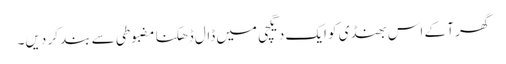
گھر آ کے اس بھنڈی کو ایک دیگچی میں ڈال ڈھکنا مضبوطی سے بند کر دیں۔